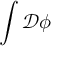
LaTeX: \int { \mathcal { D } } \phi